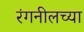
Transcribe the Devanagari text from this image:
रंगनीलच्या